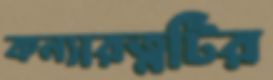
কন্যারত্নটির